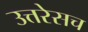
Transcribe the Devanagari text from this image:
उत्तरेसच